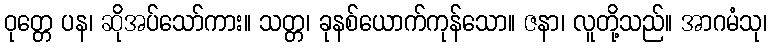
ဝုတ္တေ ပန၊ ဆိုအပ်သော်ကား။ သတ္တ၊ ခုနစ်ယောက်ကုန်သော။ ဇနာ၊ လူတို့သည်။ အာဂမံသု၊